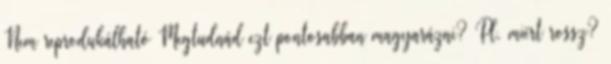
Nem reprodukálható Megtudnád ezt pontosabban magyarázni? Pl. miért rossz?